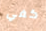
كفي